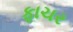
ફાચર